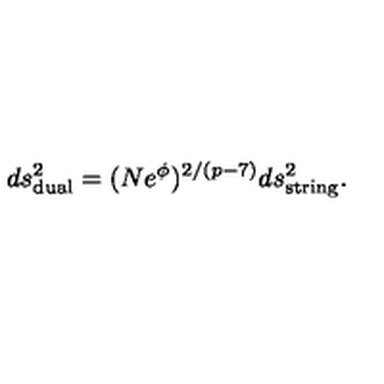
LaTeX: d s _ { \mathrm { d u a l } } ^ { 2 } = ( N e ^ { \phi } ) ^ { 2 / ( p - 7 ) } d s _ { \mathrm { s t r i n g } } ^ { 2 } .